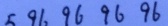
5 9 6 9 6 9 6 9 6